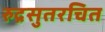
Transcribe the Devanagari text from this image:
रुद्रसुतरचित